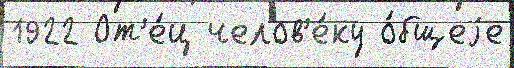
1922 От'е́ц челов'е́ку о́бщеjе